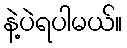
နဲ့ပဲရပါမယ်။